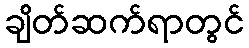
ချိတ်ဆက်ရာတွင်